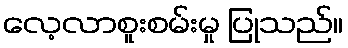
လေ့လာစူးစမ်းမှု ပြုသည်။